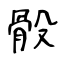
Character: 骰